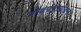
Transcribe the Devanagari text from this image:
शैवपंचायतन